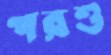
পরশু